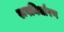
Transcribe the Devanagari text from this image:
रूपनिर्धारण